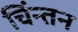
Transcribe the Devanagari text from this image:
चिंन्तन